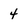
Character: 4